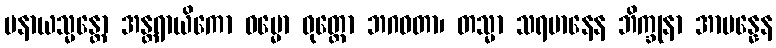
ပနာယသ္မန္တော အန္တရာယိကော ဓမ္မော ဝုတ္တော ဘဂဝတာ၊ တသ္မာ သရမာနေန ဘိက္ခုနာ အာပန္နေန